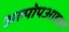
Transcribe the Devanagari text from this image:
अल्पोपआहारा